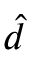
\hat { d }